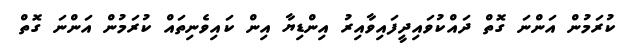
ކުރަމުން އަންނަ ގޮތް ދައްކުވައިދީފައިވާއިރު އިންޑިޔާ އިން ކައިވެނިތައް ކުރަމުން އަންނަ ގޮތް